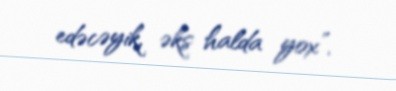
edəcəyik, əks halda yox”.